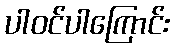
ပါဝင်ပါကြောင်း